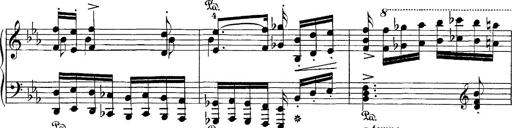
Title: Hungarian Rhapsody No.4
Composer: Franz Liszt
Key: E-flat major